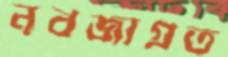
নবজাগ্রত